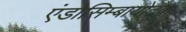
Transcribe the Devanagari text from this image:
एंडोसिम्बायोटक